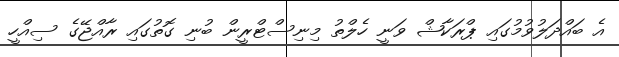
އެ ބައްދަލުވުމުގައި ޕްރަކާޝް ވަނީ ހެލްތު މިނިސްޓްރީން ބުނި ގޮތުގައި ރާާއްޖޭގެ ސިއްހީ